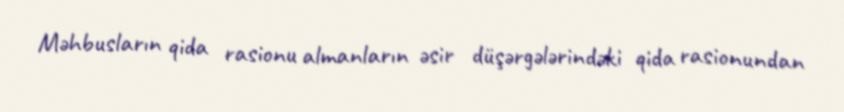
Məhbusların qida rasionu almanların əsir düşərgələrindəki qida rasionundan